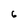
Character: 6